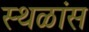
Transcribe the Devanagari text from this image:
स्थळांस